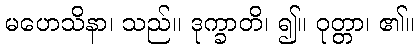
မဟေသိနာ၊ သည်။ ဒုက္ခာတိ၊ ၍။ ဝုတ္တာ၊ ၏။